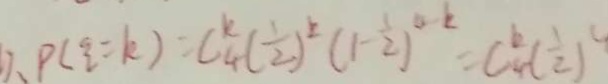
1 . P ( \varepsilon = k ) = C _ { 4 } ^ { k } ( \frac { 1 } { 2 } ) ^ { k } ( 1 - \frac { 1 } { 2 } ) ^ { 4 - k } = C _ { 4 } ^ { k } ( \frac { 1 } { 2 } )